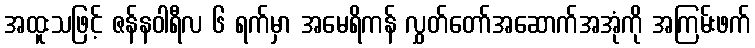
အထူးသဖြင့် ဇန်နဝါရီလ ၆ ရက်မှာ အမေရိကန် လွှတ်တော်အဆောက်အအုံကို အကြမ်းဖက်